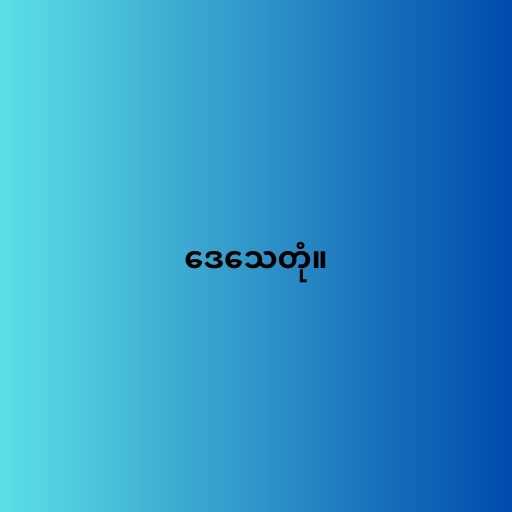
ဒေသေတုံ။